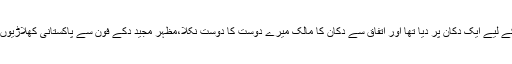
مظہر مجید نے فون مرمت کے لیے ایک دکان پر دیا تھا اور اتفاق سے دکان کا مالک میرے دوست کا دوست نکلا،مظہر مجید دکے فون سے پاکستانی کھلاڑیوں کو کیے گئے پیغامات ملے۔